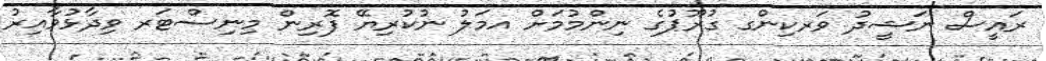
ރައީސް ނަޝީދު ވަރކިންގ ގުރޫޕުގެ ނިންމުމަށް އމަލު ނުކުރިޔޭ ފޮރިން މިނިސްޓަރ ވިދާޅުވާއިރު